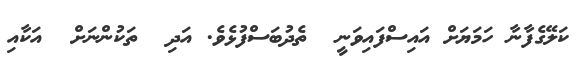
ކަލޭގެފާނާ ހަމަޔަށް އައިސްފައިވަނީ  ތެދުބަސްފުޅެވެ. އަދި  ތަކުންނަށް  އަކާއި